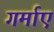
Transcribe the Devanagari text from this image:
गर्माए